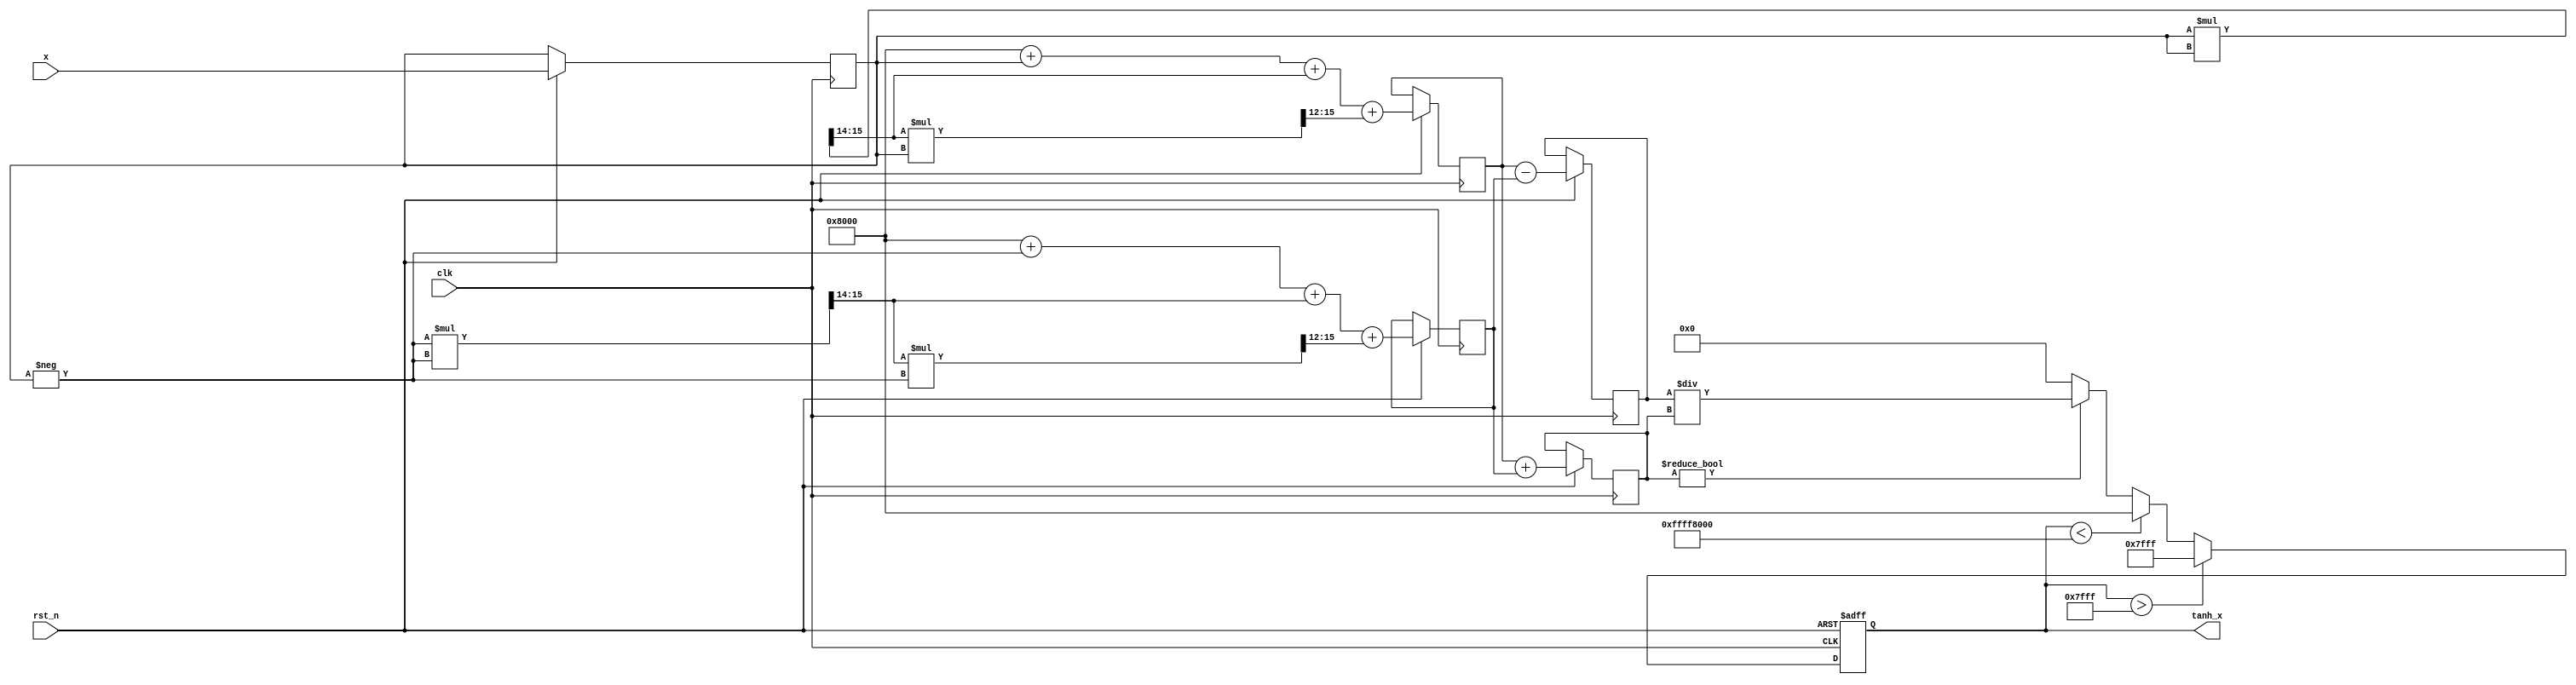
module tanh_block #(
    parameter WIDTH_X = 16, // Width of the input signal
    parameter WIDTH_OUT = 16 // Width of the output signal
)(
    input wire clk,
    input wire rst_n,
    input wire [WIDTH_X-1:0] x, // Input signal
    output reg [WIDTH_OUT-1:0] tanh_x // Output signal
);

    // Internal signals
    reg signed [WIDTH_X-1:0] x_fixed;
    reg signed [WIDTH_OUT-1:0] exp_x;
    reg signed [WIDTH_OUT-1:0] exp_neg_x;
    reg signed [WIDTH_OUT-1:0] numerator;
    reg signed [WIDTH_OUT-1:0] denominator;

    // Fixed-point exponentiation (simplified and not fully accurate)
    function signed [WIDTH_OUT-1:0] exp_function(input signed [WIDTH_X-1:0] input_x);
        // Using a simple approximation for exp(x) = 1 + x + x^2/2 + x^3/6
        reg signed [WIDTH_OUT-1:0] result;
        reg signed [WIDTH_OUT-1:0] x_sq;
        reg signed [WIDTH_OUT-1:0] x_cub;
        begin
            x_sq = (input_x * input_x) >>> (WIDTH_X - 2); // x^2 / 2
            x_cub = (x_sq * input_x) >>> (WIDTH_X - 4); // x^3 / 6 (approx)
            result = (1 << (WIDTH_OUT-1)) + input_x + x_sq + x_cub; // 1 + x + x^2/2 + x^3/6
            exp_function = result;
        end
    endfunction

    // Main computation block
    always @(posedge clk or negedge rst_n) begin
        if (!rst_n) begin
            tanh_x <= 0;
        end else begin
            // Convert input to fixed-point
            x_fixed <= x;

            // Calculate exp(x) and exp(-x)
            exp_x <= exp_function(x_fixed);
            exp_neg_x <= exp_function(-x_fixed);

            // Compute numerator and denominator
            numerator <= exp_x - exp_neg_x; // e^x - e^(-x)
            denominator <= exp_x + exp_neg_x; // e^x + e^(-x)

            // Compute tanh(x) = numerator / denominator
            if (denominator != 0) begin
                tanh_x <= (numerator << (WIDTH_OUT - WIDTH_X)) / denominator; // Scale for fixed-point division
            end else begin
                tanh_x <= {WIDTH_OUT{1'b0}}; // Handle division by zero
            end

            // Saturation logic (optional, for safety)
            if (tanh_x > (1 << (WIDTH_OUT-1)) - 1) begin
                tanh_x <= (1 << (WIDTH_OUT-1)) - 1; // Saturate to +1
            end else if (tanh_x < -(1 << (WIDTH_OUT-1))) begin
                tanh_x <= -(1 << (WIDTH_OUT-1)); // Saturate to -1
            end
        end
    end
endmodule